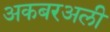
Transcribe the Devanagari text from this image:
अकबरअली